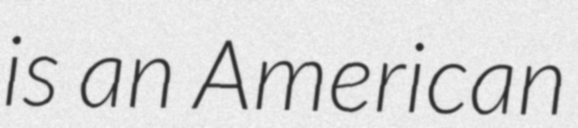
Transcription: is an American